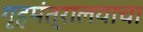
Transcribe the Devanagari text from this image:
गृहमंत्रालयाचा